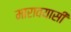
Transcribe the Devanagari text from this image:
मारावयासी